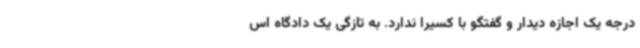
درجه یک اجازه دیدار و گفتگو با کسیرا ندارد. به تازگی یک دادگاه اس